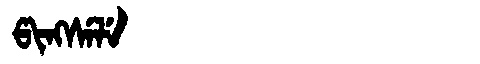
Manchu: ᡦᡳᠩᠰᡝᠯᡝ
Romanization: PINGSELE